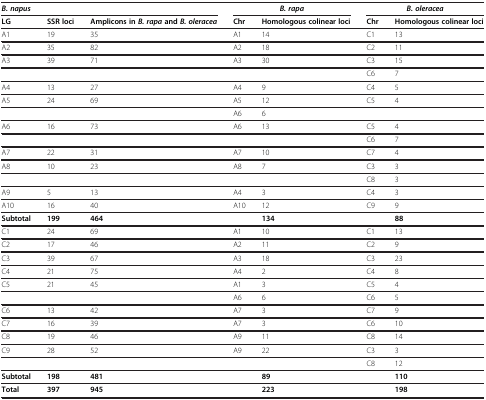
| <COLSPAN=3> B. napus | <COLSPAN=2> B. rapa | <COLSPAN=2> B. oleracea |
 | LG | SSR loci | Amplicons in B. rapa and B. oleracea | Chr | Homologous colinear loci | Chr | Homologous colinear loci |
 | --- | --- | --- | --- | --- | --- | --- |
 | A1 | 19 | 35 | A1 | 14 | C1 | 13 |
 | A2 | 35 | 82 | A2 | 18 | C2 | 11 |
 | A3 | 39 | 71 | A3 | 30 | C3 | 15 |
 |  |  |  |  |  | C6 | 7 |
 | A4 | 13 | 27 | A4 | 9 | C4 | 5 |
 | A5 | 24 | 69 | A5 | 12 | C5 | 4 |
 |  |  |  | A6 | 6 |  |  |
 | A6 | 16 | 73 | A6 | 13 | C5 | 4 |
 |  |  |  |  |  | C6 | 7 |
 | A7 | 22 | 31 | A7 | 10 | C7 | 4 |
 | A8 | 10 | 23 | A8 | 7 | C3 | 3 |
 |  |  |  |  |  | C8 | 3 |
 | A9 | 5 | 13 | A4 | 3 | C4 | 3 |
 | A10 | 16 | 40 | A10 | 12 | C9 | 9 |
 | Subtotal | 199 | 464 |  | 134 |  | 88 |
 | C1 | 24 | 69 | A1 | 10 | C1 | 13 |
 | C2 | 17 | 46 | A2 | 11 | C2 | 9 |
 | C3 | 39 | 67 | A3 | 18 | C3 | 23 |
 | C4 | 21 | 75 | A4 | 2 | C4 | 8 |
 | C5 | 21 | 45 | A1 | 3 | C5 | 4 |
 |  |  |  | A6 | 6 | C6 | 5 |
 | C6 | 13 | 42 | A7 | 3 | C7 | 9 |
 | C7 | 16 | 39 | A7 | 3 | C6 | 10 |
 | C8 | 19 | 46 | A9 | 11 | C8 | 14 |
 | C9 | 28 | 52 | A9 | 22 | C3 | 3 |
 |  |  |  |  |  | C8 | 12 |
 | Subtotal | 198 | 481 |  | 89 |  | 110 |
 | Total | 397 | 945 |  | 223 |  | 198 |